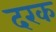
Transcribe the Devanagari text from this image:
दरक